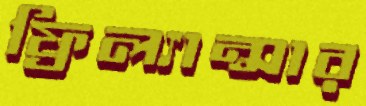
ফ্রিল্যান্সার